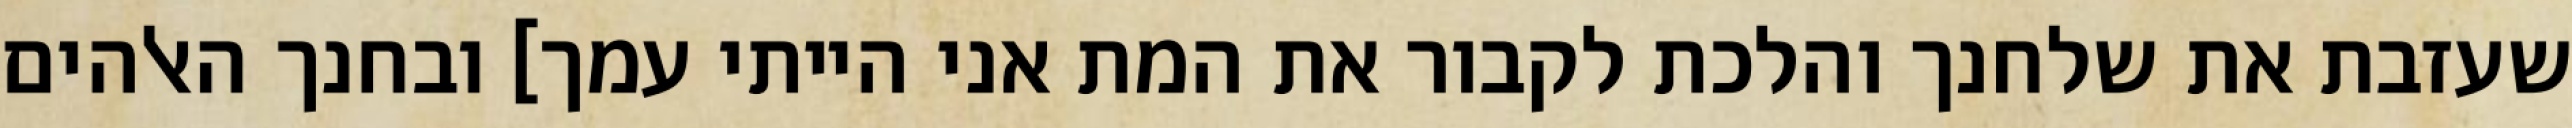
שעזבת את שלחנך והלכת לקבור את המת אני הייתי עמך] ובחנך האלהים